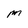
Character: M